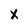
Character: X